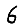
Digit: 6